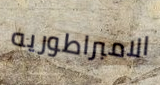
الامبراطوريه